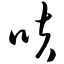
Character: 呋